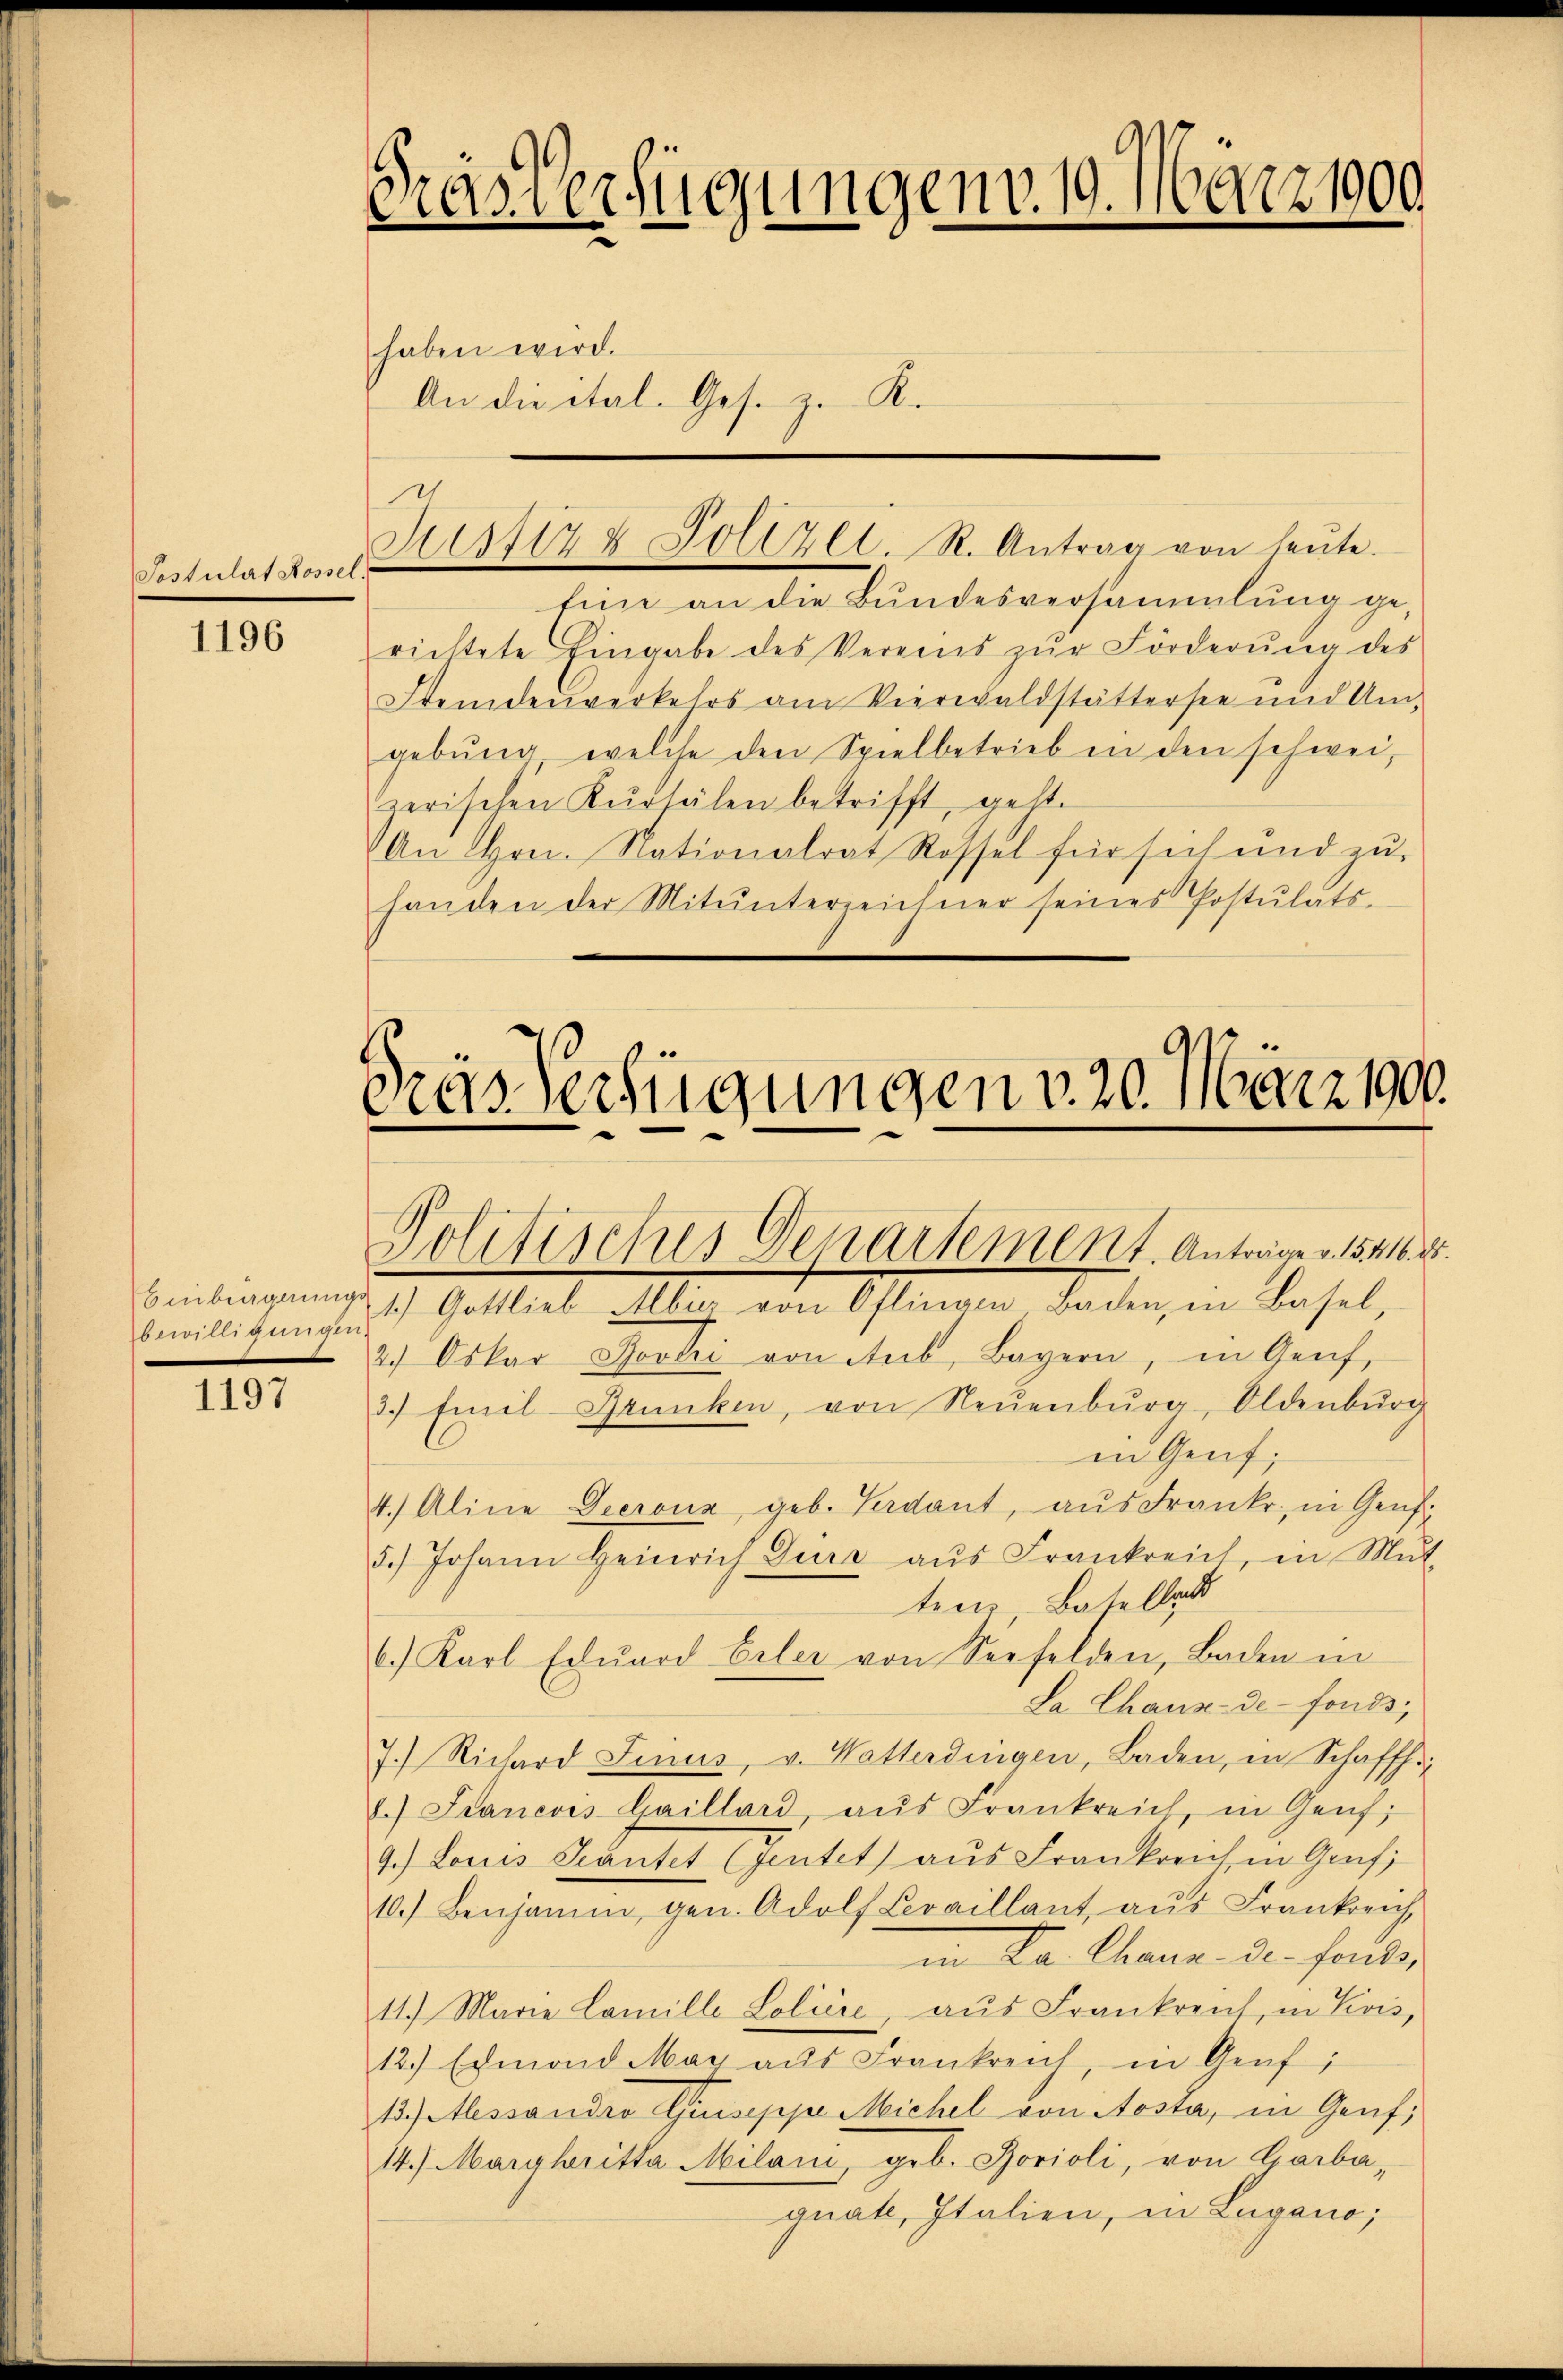
Postulat Rossel.

1196

Einbiegnung
225fr. 1. Be

1197

as Verfügungen. 19. 116021900
e

haben wird.
An die ital. Ges. z. R.

1
Pu 174 Polizei. R. Antrag von heŭte.

Eine an die Bundesversammlung ge-
richtete Eingabe des Vereins zŭr Förderŭng des
Steindenverkehrs am Vierwaldstätterste und Um-
gebŭng, welche den Spielbetrieb in den schwei-
zerischen Kurtälen betrifft, geste
An Hrn. Nationalrat Rossel für sich und zŭ
handen der Mitunterzeichner seines Postulats-

Das Verfügungen v. 20. März 1900.

Politisches Departement. Anträge v. 1816.

1.) Gottlieb Albig von Oflinam Baden, in Basel,
2. Oskar Boveri von Aub, Bayern, in Genf,
3.) Emil Grünken, von Neuenburg, Oldenbŭrg
in Genf;
4.) Aline Decrona geb. Badant, aŭs Franke in Genf.
5.) Johann Heinrich Durr aŭs Frankreich, in Mŭt-
ten, Basellat
6.) Karl Edŭard Erler von Seefelden, Baden in
La Chaux-de-Fonds,
7.) Richard Linus, v. Watterdingen, Baden, in Schaffh
8.) Francois Gaillard, aŭs Frankreich in Genf;
9.) Louis Santet (gentet) aus Frankreich in Gruf
10.) Benjamin, gen. Adolf Levaillant, aŭs Frankreich,
in da Chann der fonder
11.) Marie Lamille Lolićie, aus Frankreich, in Kois,
12.) Ecmand May aus Frankreich, in Genf;
13.) Alessandro Guseppe Michel von Aosta, in Genf,
14.) Maryhritta Milani, geb. Borioli, von Garba-
quate, Italien, in Lugano,